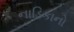
નાડિકાનો